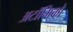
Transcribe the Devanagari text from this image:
अटॉमिको